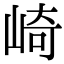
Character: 崎